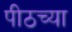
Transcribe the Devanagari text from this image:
पीठच्या